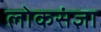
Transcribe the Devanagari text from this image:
लोकसंज्ञा